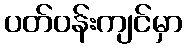
ပတ်ဝန်းကျင်မှာ